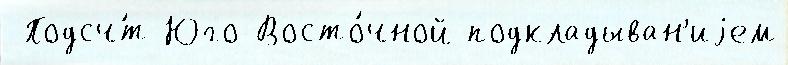
 Подсч́т Юго-Восто́чной подкладыван'иjем